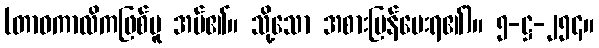
(တာဝကာလိကဖြစ်မူ အပ်၏။ သို့သော အစားပြန်ပေးရ၏)။ ၅-ဋ္ဌ-၂၅၄။